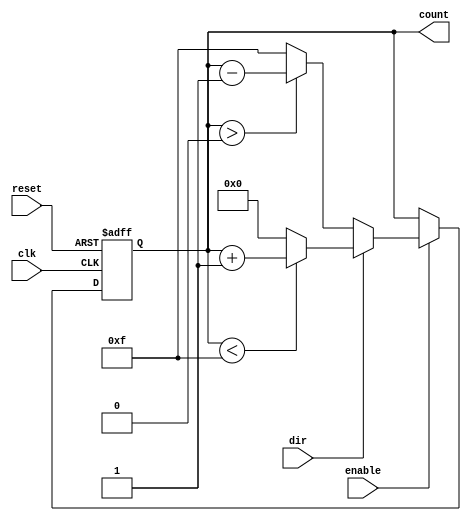
module synchronous_counter #(
    parameter WIDTH = 4,          // Bit width of the counter
    parameter MAX_COUNT = 15,     // Maximum count value (2^WIDTH - 1)
    parameter MIN_COUNT = 0        // Minimum count value
)(
    input wire clk,               // Clock signal
    input wire reset,             // Asynchronous reset
    input wire enable,            // Count enable
    input wire dir,               // Count direction (1 for up, 0 for down)
    output reg [WIDTH-1:0] count  // Current count value
);

    // Initial count value
    initial begin
        count = MIN_COUNT;        // Set initial count to minimum
    end

    // Synchronous counting process
    always @(posedge clk or posedge reset) begin
        if (reset) begin
            count <= MIN_COUNT;    // Reset count to minimum value
        end else if (enable) begin
            if (dir) begin
                // Count up
                if (count < MAX_COUNT) begin
                    count <= count + 1;
                end else begin
                    count <= MIN_COUNT; // Wrap around to minimum
                end
            end else begin
                // Count down
                if (count > MIN_COUNT) begin
                    count <= count - 1;
                end else begin
                    count <= MAX_COUNT; // Wrap around to maximum
                end
            end
        end
    end

endmodule